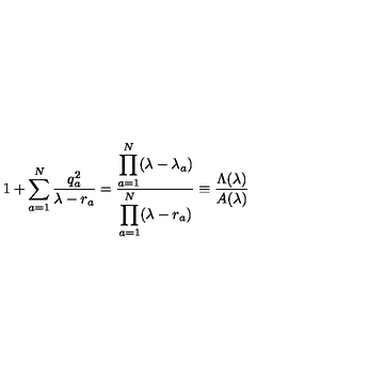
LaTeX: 1 + \sum _ { a = 1 } ^ { N } \frac { q _ { a } ^ { 2 } } { \lambda - r _ { a } } = \frac { \displaystyle \prod _ { a = 1 } ^ { N } ( \lambda - \lambda _ { a } ) } { \displaystyle \prod _ { a = 1 } ^ { N } ( \lambda - r _ { a } ) } \equiv \frac { \Lambda ( \lambda ) } { A ( \lambda ) }